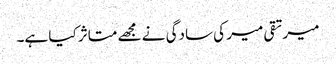
میرتقی میر کی سادگی نے مجھے متاثر کیا ہے۔